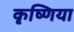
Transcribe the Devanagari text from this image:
कृष्णिया